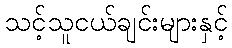
သင့်သူငယ်ချင်းများနှင့်